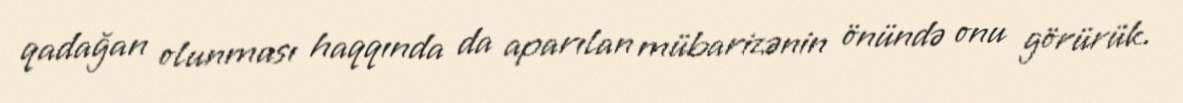
qadağan olunması haqqında da aparılan mübarizənin önündə onu görürük.